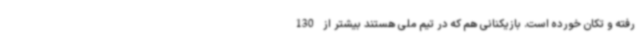
رفته و تکان خورده است. بازیکنانی هم که در تیم ملی هستند بیشتر از 130